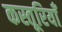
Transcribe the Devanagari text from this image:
कस्तूरियाँ